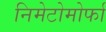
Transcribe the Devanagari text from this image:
निमेटोमोर्फा